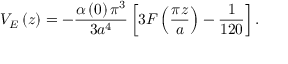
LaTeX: V _ { E } \left( z \right) = - \frac { \alpha \left( 0 \right) \pi ^ { 3 } } { 3 a ^ { 4 } } \left[ 3 F \left( \frac { \pi z } { a } \right) - \frac { 1 } { 1 2 0 } \right] .